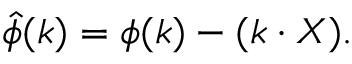
{ \hat { \phi } } ( k ) = \phi ( k ) - ( k \cdot X ) .